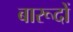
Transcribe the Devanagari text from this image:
बारूदों